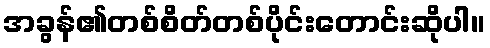
အခွန်၏တစ်စိတ်တစ်ပိုင်းတောင်းဆိုပါ။